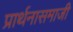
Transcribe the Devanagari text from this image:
प्रार्थनासमाजी